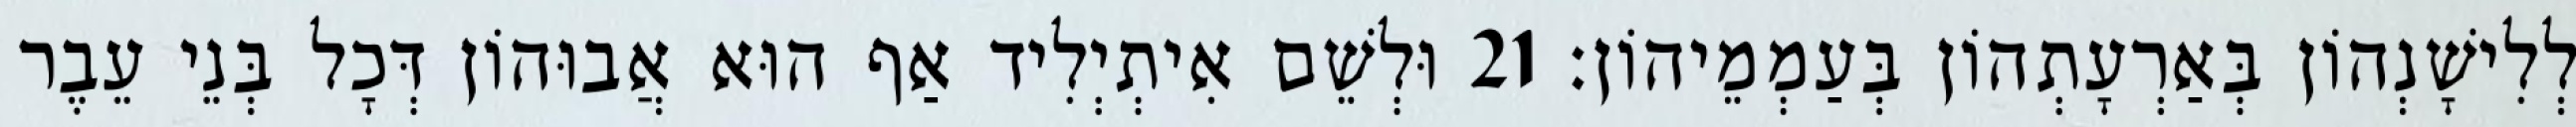
לְלִישָׁנְהוֹן בְּאַרְעָתְהוֹן בְּעַמְמֵיהוֹן׃ 21 וּלְשֵׁם אִיתְיְלִיד אַף הוּא אֲבוּהוֹן דְּכָל בְּנֵי עֵבֶר